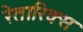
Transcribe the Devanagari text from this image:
रेतारिक्स